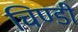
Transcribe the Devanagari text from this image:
चिण्डी